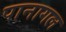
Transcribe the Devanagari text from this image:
पानागल